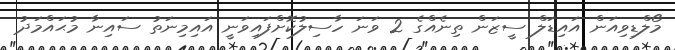
މޯލްޑިވިއަން އައިޑަލް ސީޒަން ތިނެއްގެ 2 ވަނަ ހާސިލުކޮށްފައިވަނީ އައިމިނަތު ސައިނާ މުޙައްމަދު